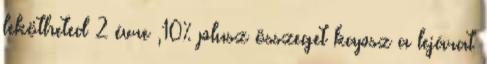
lekötheted 2 évre ,10% plusz összeget kapsz a lejárat